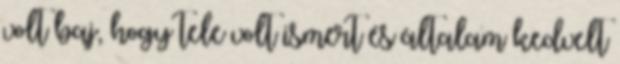
volt baj, hogy tele volt ismert és általam kedvelt